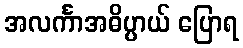
အလင်္ကာအဓိပ္ပာယ် ပြောရ